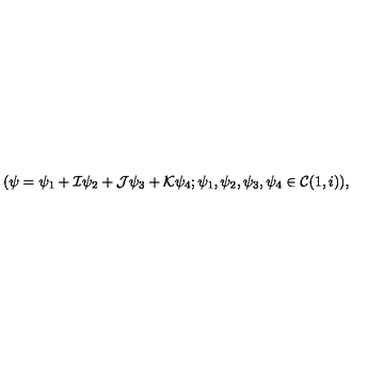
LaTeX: ( \psi = \psi _ { 1 } + { \cal I } \psi _ { 2 } + { \cal J } \psi _ { 3 } + { \cal K } \psi _ { 4 } ; \psi _ { 1 } , \psi _ { 2 } , \psi _ { 3 } , \psi _ { 4 } \in { \cal C } ( 1 , i ) ) ,